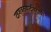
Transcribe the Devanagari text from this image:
दहशवतवादविरोधी